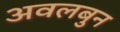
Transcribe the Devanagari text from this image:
अवलबुन